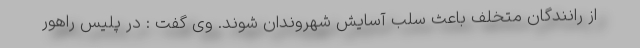
از رانندگان متخلف باعث سلب آسایش شهروندان شوند. وی گفت : در پلیس راهور